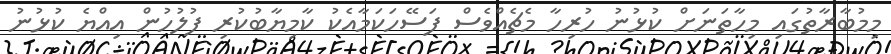
މިމުބާރާތުގައި މިހާތަނަށް ކުޅުނު ހުރިހާ މެޗެއްވެސް ފަސޭހަކަމާއެކު ކާމިޔާބުކުރި ފުލުހުން އިއްޔެ ކުޅުނު